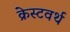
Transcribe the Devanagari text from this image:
क्रेस्टवर्थ